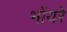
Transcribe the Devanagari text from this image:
भोंयरे